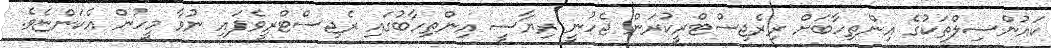
ކައުންސިލްތަކުގެ އިންތިހާބަށް ރިރެޖިސްޓްރީކުރަން ޖެހުނީ ރިޔާސީ އިންތިހާބުގައި ރެޖިސްޓްރީވެފައި ނުވާ މީހުން އެކަންޏެވެ.